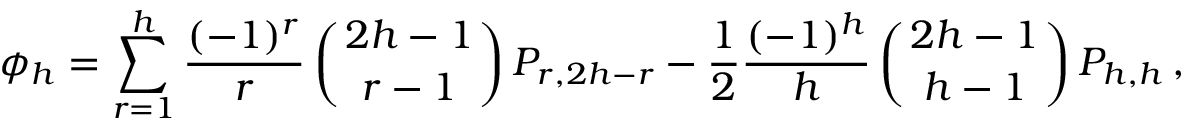
\phi _ { h } = \sum _ { r = 1 } ^ { h } { \frac { ( - 1 ) ^ { r } } { r } } \left( { 2 h - 1 \atop r - 1 } \right) P _ { r , 2 h - r } - { \frac { 1 } { 2 } } { \frac { ( - 1 ) ^ { h } } { h } } \left( { 2 h - 1 \atop h - 1 } \right) P _ { h , h } \, ,